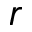
\boldsymbol { r }